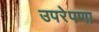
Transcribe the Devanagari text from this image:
उपरेपणा